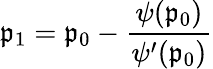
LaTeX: \mathfrak{p}_{1}=\mathfrak{p}_{0}-\frac{{\psi(\mathfrak{p}_{0})}}{{\psi^{\prime}(\mathfrak{p}_{0})}}